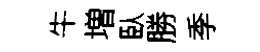
牛増臥勝季